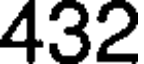
432